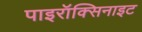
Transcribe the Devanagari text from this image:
पाइरॉक्सिनाइट